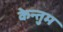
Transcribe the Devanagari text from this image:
केन्तुम